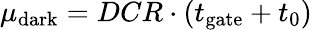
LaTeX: \mu_{\mathrm{dark}}=DCR\cdot(t_{\mathrm{gate}}+t_{0})